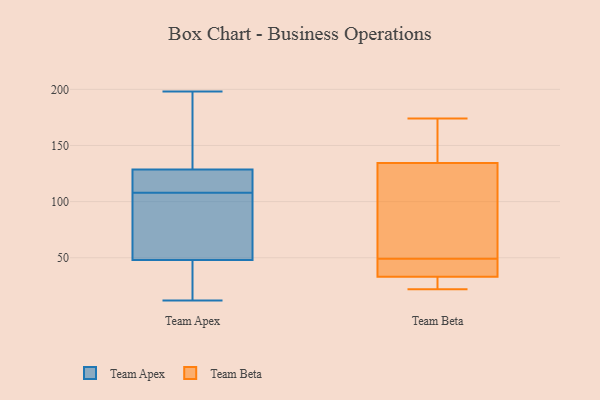
{"axis": {"x": "Customer Acquisition Cost (USD)", "y": "Value"}, "legend": ["Team Apex", "Team Beta"], "data": [{"x": "", "y": 118, "type": "Team Apex"}, {"x": "", "y": 63, "type": "Team Apex"}, {"x": "", "y": 110, "type": "Team Apex"}, {"x": "", "y": 43, "type": "Team Apex"}, {"x": "", "y": 118, "type": "Team Apex"}, {"x": "", "y": 64, "type": "Team Apex"}, {"x": "", "y": 183, "type": "Team Apex"}, {"x": "", "y": 132, "type": "Team Apex"}, {"x": "", "y": 18, "type": "Team Apex"}, {"x": "", "y": 108, "type": "Team Apex"}, {"x": "", "y": 12, "type": "Team Apex"}, {"x": "", "y": 84, "type": "Team Apex"}, {"x": "", "y": 21, "type": "Team Apex"}, {"x": "", "y": 191, "type": "Team Apex"}, {"x": "", "y": 198, "type": "Team Apex"}, {"x": "", "y": 22, "type": "Team Beta"}, {"x": "", "y": 33, "type": "Team Beta"}, {"x": "", "y": 33, "type": "Team Beta"}, {"x": "", "y": 174, "type": "Team Beta"}, {"x": "", "y": 46, "type": "Team Beta"}, {"x": "", "y": 167, "type": "Team Beta"}, {"x": "", "y": 29, "type": "Team Beta"}, {"x": "", "y": 156, "type": "Team Beta"}, {"x": "", "y": 68, "type": "Team Beta"}, {"x": "", "y": 49, "type": "Team Beta"}, {"x": "", "y": 70, "type": "Team Beta"}]}